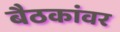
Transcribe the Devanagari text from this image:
बैठकांवर